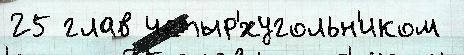
25 глав четыр'́хугольн'иком